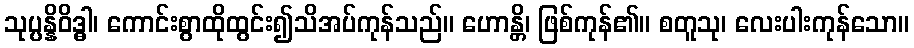
သုပ္ပန္နိဝိဒ္ဓါ၊ ကောင်းစွာထိုထွင်း၍သိအပ်ကုန်သည်။ ဟောန္တိ၊ ဖြစ်ကုန်၏။ စတူသု၊ လေးပါးကုန်သော။